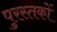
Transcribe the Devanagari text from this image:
पुरस्तकों